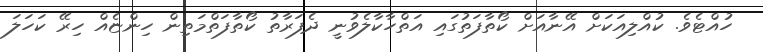
ހުއްޓެވެ. ކުއްލިއަކަށް އޭނާއަށް ކޯތާފަތުގައި އަތްހާކާލެވުނީ ދެފަރާތު ކޯތާފަތްމަތިން ހިންޏެއް ހިރޭ ކަހަލަ